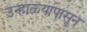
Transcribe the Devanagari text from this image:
उन्हाळ्यापासून